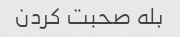
بله صحبت کردن